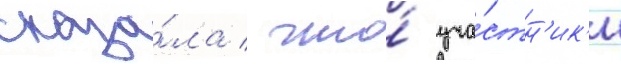
сказа́ла / что́ уча́стн'ик'и